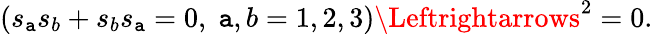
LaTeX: \left(s_{\mathtt{a}}s_{b}+s_{b}s_{\mathtt{a}}=0,\; \mathtt{a},b=1,2,3\right)\Leftrightarrows^{2}=0.